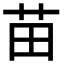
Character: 苗